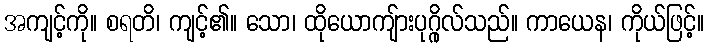
အကျင့်ကို။ စရတိ၊ ကျင့်၏။ သော၊ ထိုယောကျ်ားပုဂ္ဂိုလ်သည်။ ကာယေန၊ ကိုယ်ဖြင့်။